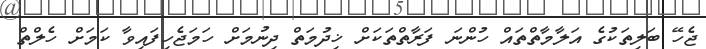
ޖެހޭ ބަލިތަކުގެ އަލާމާތްތައް ހުންނަ ފަރާތްތަކަށް ޚިދުމަތް ދިނުމަށް ހަމަޖެހިފައިވާ ކަމަށް ހެލްތް